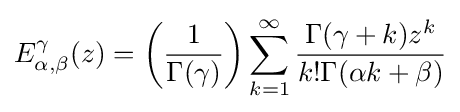
E_{\alpha ,\beta }^{\gamma }(z)=\left({\frac {1}{\Gamma (\gamma )}}\right)\sum \limits _{k=1}^{\infty }{\frac {\Gamma (\gamma +k)z^{k}}{k!\Gamma (\alpha k+\beta )}}